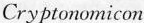
Cry ptonomicon